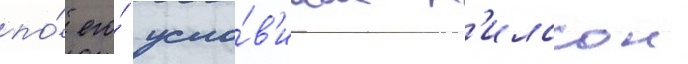
по́ его́ усло́в'иам н'илссон